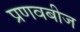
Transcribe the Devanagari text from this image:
प्रणवबीज